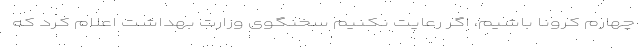
چهارم کرونا باشیم، اگر رعایت نکنیم سخنگوی وزارت بهداشت اعلام کرد که